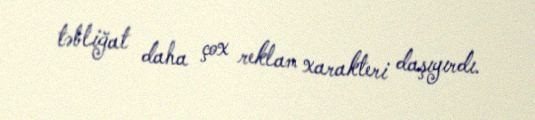
təbliğat daha çox reklam xarakteri daşıyırdı.